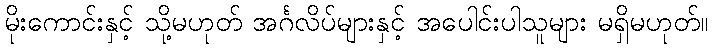
မိုးကောင်းနှင့် သို့မဟုတ် အင်္ဂလိပ်များနှင့် အပေါင်းပါသူများ မရှိမဟုတ်။